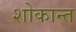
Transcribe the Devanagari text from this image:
शोकान्‍त